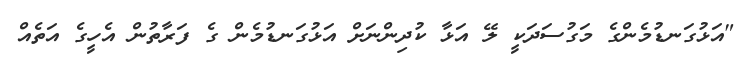
"އަޅުގަނޑުމެންގެ މަގުސަދަކީ ލޭ އަޅާ ކުދިންނަށް އަޅުގަނޑުމެން ގެ ފަރާތުން އެހީގެ އަތެއް